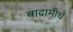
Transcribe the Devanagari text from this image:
बादामीचे